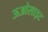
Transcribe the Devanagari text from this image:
ऊओसाइट